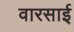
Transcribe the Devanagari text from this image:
वारसाई